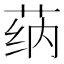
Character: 𰱌